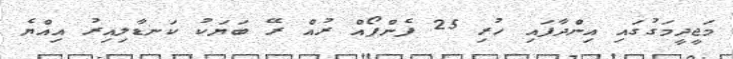
މަޖީދީމަގުގައި އިންދާފައި ހުރި 25 ފެންފޯއް ރުއް ރޭ ބަޔަކު ކަނޑާލިއިރު އިއްޔެ